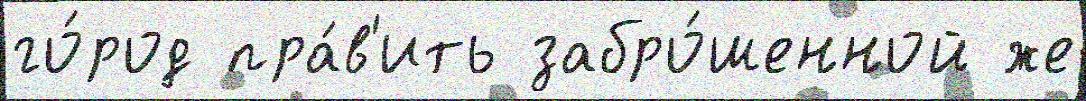
го́род пра́в'ить забро́шенной же